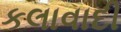
કલાવાદી